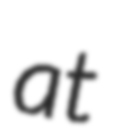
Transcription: at